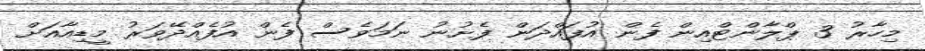
މިހާރު 3 ޕްލާންޓްއިން ފެން އުފައްދަން ފެށުނު ނަމަވެސް ފެން އުފެއްދޭވަރު މީޑިއާއަށް